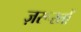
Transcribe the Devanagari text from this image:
ज़रूरतोँ